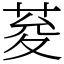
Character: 荾